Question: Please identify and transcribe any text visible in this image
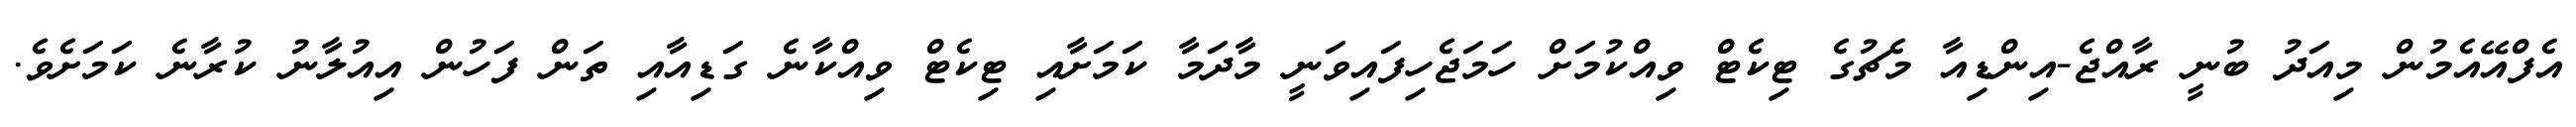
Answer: އެފްއޭއެމުން މިއަދު ބުނީ ރާއްޖެ-އިންޑިއާ މެޗުގެ ޓިކެޓް ވިއްކުމަށް ހަމަޖެހިފައިވަނީ މާދަމާ ކަމަށާއި ޓިކެޓް ވިއްކާނެ ގަޑިއާއި ތަން ފަހުން އިއުލާނު ކުރާނެ ކަމަށެވެ.